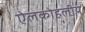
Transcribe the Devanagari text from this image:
ऐलकोहलीय